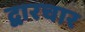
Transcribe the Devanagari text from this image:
द्वारचार